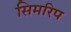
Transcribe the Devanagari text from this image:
सिमरिप